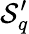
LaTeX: \mathcal{S}_{q}^{\prime}